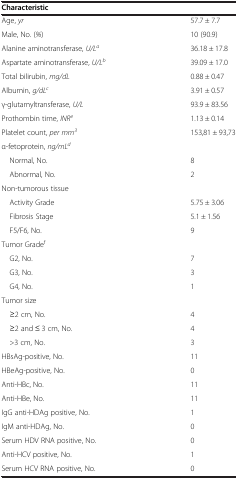
<table><thead><tr><td><b>Characteristic</b></td><td></td></tr></thead><tbody><tr><td>Age, <i>yr</i></td><td>57.7 ± 7.7</td></tr><tr><td>Male, No. (<i>%</i>)</td><td>10 (90.9)</td></tr><tr><td>Alanine aminotransferase, <i>U/L</i><sup><i>a</i></sup></td><td>36.18 ± 17.8</td></tr><tr><td>Aspartate aminotransferase, <i>U/L</i><sup><i>b</i></sup></td><td>39.09 ± 17.0</td></tr><tr><td>Total bilirubin, <i>mg/dL</i></td><td>0.88 ± 0.47</td></tr><tr><td>Albumin, <i>g/dL</i><sup><i>c</i></sup></td><td>3.91 ± 0.57</td></tr><tr><td>γ-glutamyltransferase, <i>U/L</i></td><td>93.9 ± 83.56</td></tr><tr><td>Prothombin time, <i>INR</i><sup><i>e</i></sup></td><td>1.13 ± 0.14</td></tr><tr><td>Platelet count, <i>per mm</i><sup><i>3</i></sup></td><td>153,81 ± 93,73</td></tr><tr><td>α-fetoprotein, <i>ng/mL</i><sup><i>d</i></sup></td><td></td></tr><tr><td> Normal, No.</td><td>8</td></tr><tr><td> Abnormal, No.</td><td>2</td></tr><tr><td>Non-tumorous tissue</td><td></td></tr><tr><td> Activity Grade</td><td>5.75 ± 3.06</td></tr><tr><td> Fibrosis Stage</td><td>5.1 ± 1.56</td></tr><tr><td> F5/F6, No.</td><td rowspan="2">9</td></tr><tr><td>Tumor Grade<sup>f</sup></td></tr><tr><td> G2, No.</td><td>7</td></tr><tr><td> G3, No.</td><td>3</td></tr><tr><td> G4, No.</td><td>1</td></tr><tr><td>Tumor size</td><td></td></tr><tr><td> ≥2 cm, No.</td><td>4</td></tr><tr><td> ≥2 and ≤ 3 cm, No.</td><td>4</td></tr><tr><td> &gt;3 cm, No.</td><td>3</td></tr><tr><td>HBsAg-positive, No.</td><td>11</td></tr><tr><td>HBeAg-positive, No.</td><td>0</td></tr><tr><td>Anti-HBc, No.</td><td>11</td></tr><tr><td>Anti-HBe, No.</td><td>11</td></tr><tr><td>IgG anti-HDAg positive, No.</td><td>1</td></tr><tr><td>IgM anti-HDAg, No.</td><td>0</td></tr><tr><td>Serum HDV RNA positive, No.</td><td>0</td></tr><tr><td>Anti-HCV positive, No.</td><td>1</td></tr><tr><td>Serum HCV RNA positive, No.</td><td>0</td></tr></tbody></table>